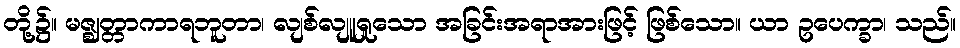
တို့၌။ မဇ္ဈတ္တာကာရဘူတာ၊ လျစ်လျူရှုသော အခြင်းအရာအားဖြင့် ဖြစ်သော။ ယာ ဥပေက္ခာ၊ သည်။